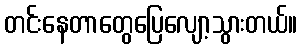
တင်းနေတာတွေပြေလျော့သွားတယ်။